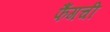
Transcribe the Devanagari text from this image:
फैंगची